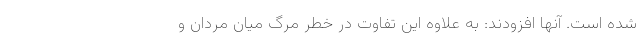
شده است. آنها افزودند: به علاوه این تفاوت در خطر مرگ میان مردان و